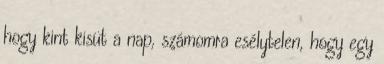
hogy kint kisüt a nap, számomra esélytelen, hogy egy